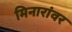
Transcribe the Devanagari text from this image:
मिनारांवर